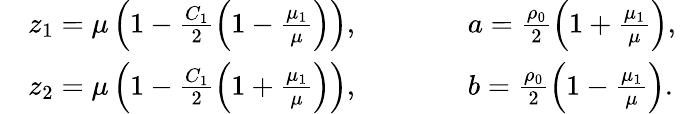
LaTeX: \begin{array}{rlrl}&{z_{1}=\mu\left(1-\frac{C_{1}}{2}\left(1-\frac{\mu_{1}}{\mu}\right)\right),}&&{\qquad a=\frac{\rho_{0}}{2}\left(1+\frac{\mu_{1}}{\mu}\right),\ }\\ &{z_{2}=\mu\left(1-\frac{C_{1}}{2}\left(1+\frac{\mu_{1}}{\mu}\right)\right),}&&{\qquad b=\frac{\rho_{0}}{2}\left(1-\frac{\mu_{1}}{\mu}\right).}\end{array}